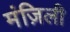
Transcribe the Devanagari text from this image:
मंज़िली